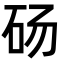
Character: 砀